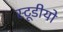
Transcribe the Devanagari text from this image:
स्टूडीयो